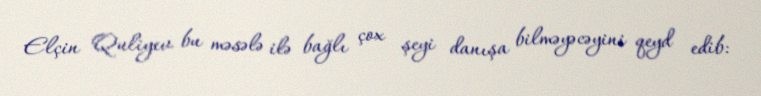
Elçin Quliyev bu məsələ ilə bağlı çox şeyi danışa bilməyəcəyini qeyd edib: